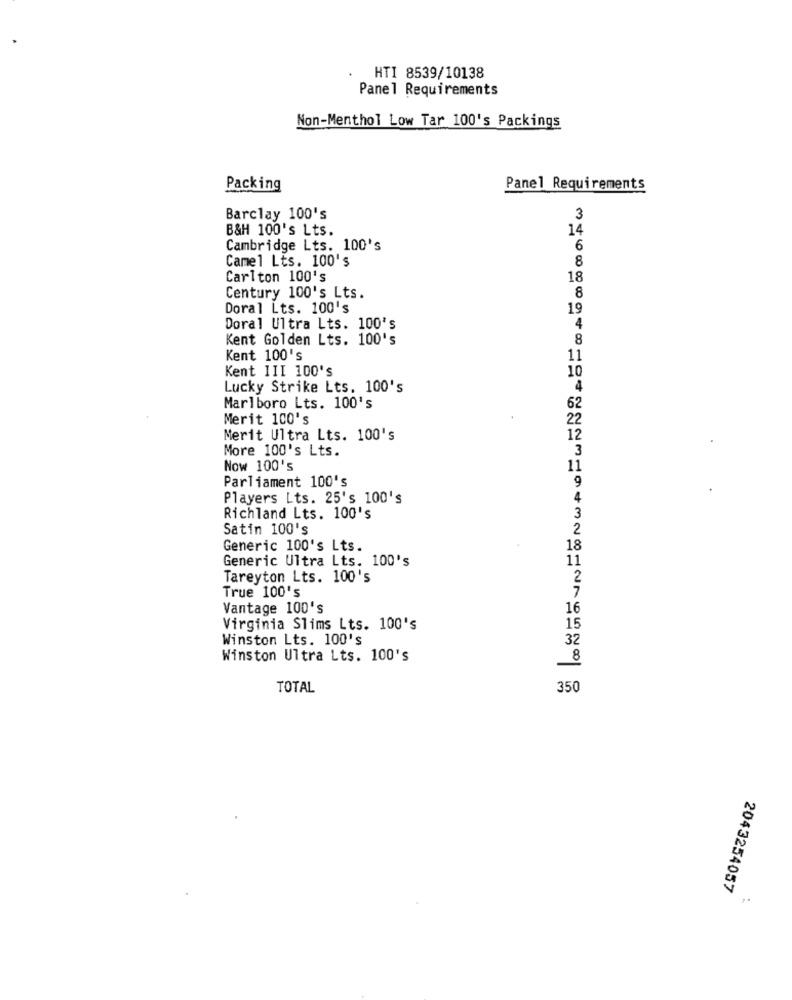
HTI 8539/10138
Panel Requirements
Non-Menthol Low Tar 100's Packings
Packing
Panel Requirements
Barclay 100's
3
B&H 100's Lts.
14
Cambridge Lts. 100's
6
Camel Lts. 100's
8
Carlton 100's
18
Century 100's Lts.
8
Doral Lts. 100's
19
Doral Ultra Lts. 100's
4
Kent Golden Lts. 100's
8
Kent 100's
11
Kent III 100's
10
Lucky Strike Lts. 100's
4
Marlboro Lts. 100's
62
Merit 100's
22
Merit Ultra Lts. 100's
12
More 100's Lts.
3
Now 100's
11
Parliament 100's
9
Players Lts. 25's 100's
4
Richland Lts. 100's
3
Satin 100's
2
Generic 100's Lts.
18
Generic Ultra Lts. 100's
11
Tareyton Lts. 100's
2
7
True 100's
Vantage 100's
16
Virginia Slims Lts. 100's
15
Winston Lts. 100's
32
Winston Ultra Lts. 100's
TOTAL
350
2043254057